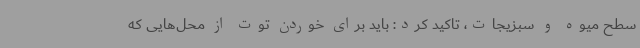
سطح میوه و سبزیجات، تاکید کرد: باید برای خوردن توت از محل‌هایی که